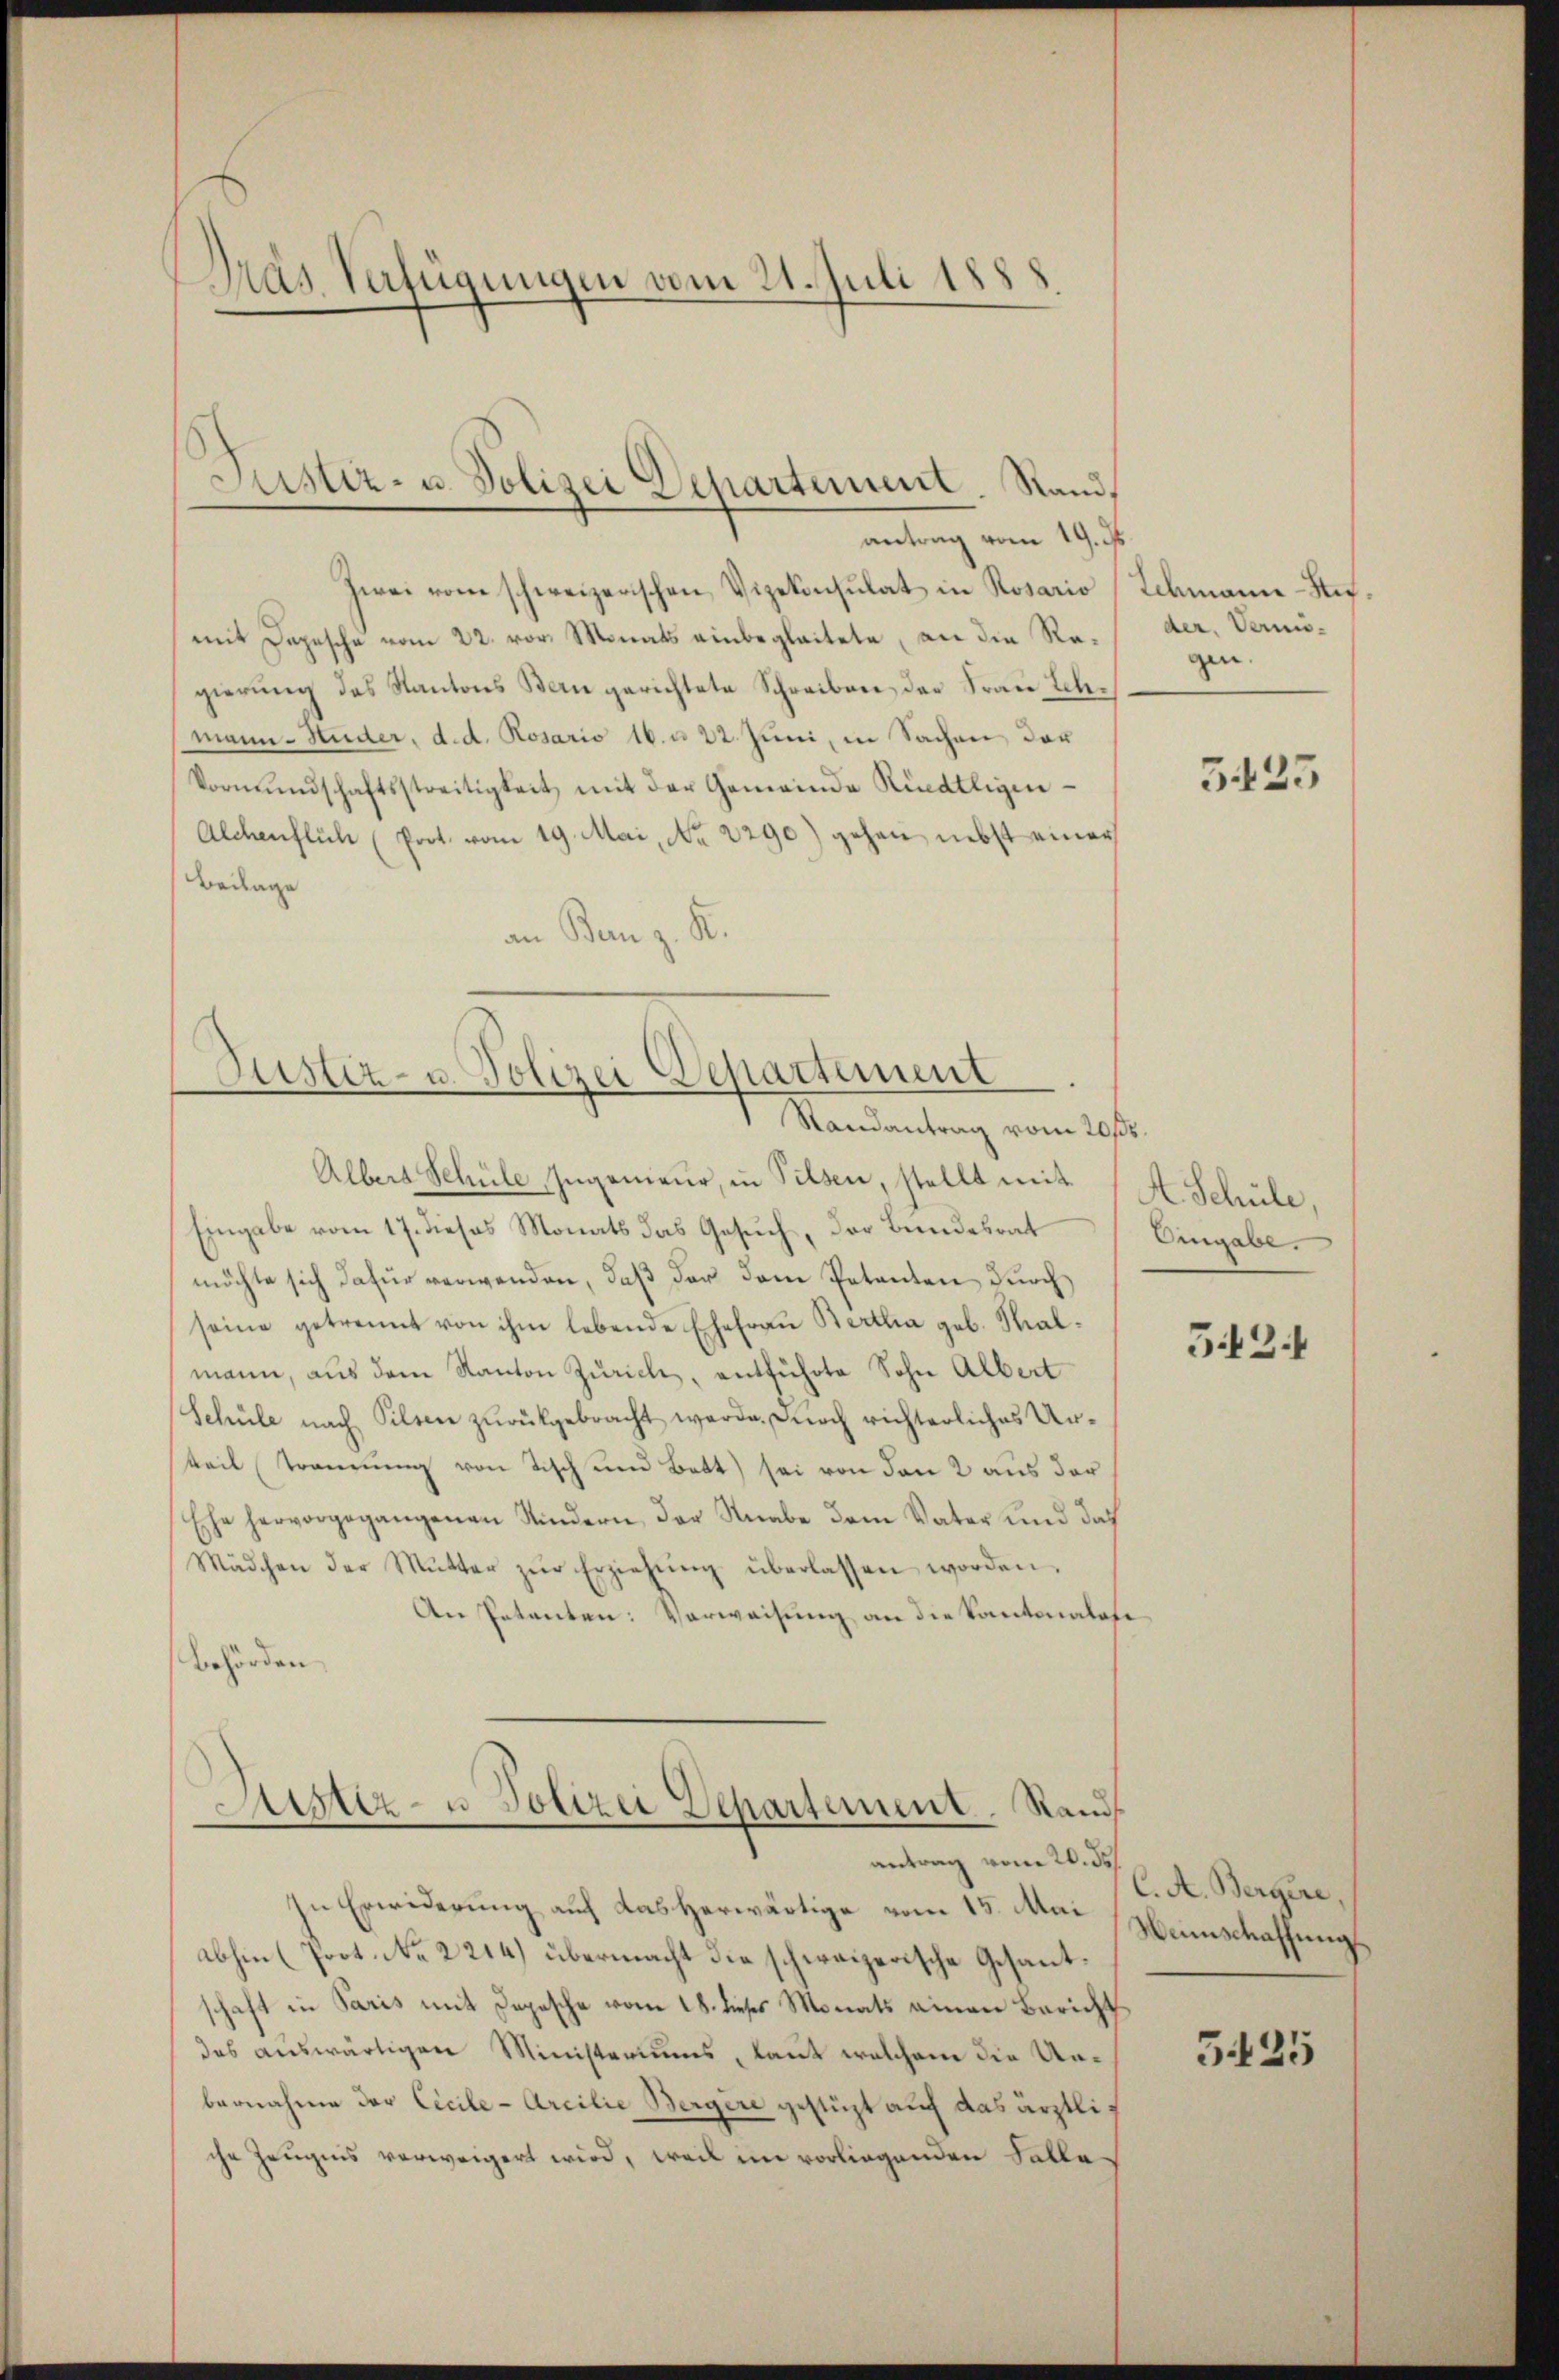
Dras Verfügungen vom 21. Juli 1888

Justiz- u. Polizei Departement. Stand,

antrag vom 19. ds.
Zwei vom schweizerischen Vizekonsulat in Rosario (Schmann-Hofmit Depesche vom 22. vor. Monats einbegleitete, an die Regierŭng des Kantons Bern gerichtete Schreiben der Frau Lehmann - Huder, d. d. Rosario 16. a 22. Juni, in Sachen der
Vormundschaftsstreitigkeit mit der Gemeinde Riedtligen
Alchenflich (Prot. vom 19. Mai, No. 2290) gehen nebst einer
Beilage
an Banz. R.

Justiz- u. Polizei Departement
Randantrag vom 20sten

Albers Schüle Ingenieur, in Pilsen, stellt mit H. Schüle,
Eingabe vom 17. dieses Monats das Gesuch, der Bundesrat Eingabe.
möchte sich dafür verwenden, daß der dem Petenten durch
seine getrennt von ihm lebende Ehefrau Bertha geb. Stalmann, aus dem Kanton Zürich, entführte Sohn Albert
Schüle nach Pilsen zurükgebracht werde, durch richterliches Urteil trennung von Tisch und Bett) sei von den 2 aus der
Ehe hervorgegangenen Kindern der Knabe dem Vater und das
Mädchen der Mŭtter zŭr Erziehŭng überlassen worden,
An Petenten: Verweisung an die Kantonalate
Behörden

Aez- u Polizei Departement. Rand
antrag vom 20. ds

In Erwiderung auf das herwärtige vom 13. Mat Neinschaffungs
abhin (Prot. No. 2214) übermacht die schweizerische Gesantschaft in Paris mit Depesche vom 18. dieses Monats einen Bericht
das auswärtigen Ministeriums, laut welchem die Unbernahme der Cicile-Arcilie Bergere gestüzt auf das ärztliche Zeugnis verweigert wird, weil im vorliegenden Falle

der. Vermis-
gen.

5425

542.

C. A. Bergere,

5425